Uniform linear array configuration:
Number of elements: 32
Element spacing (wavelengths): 0.5
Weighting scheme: hann
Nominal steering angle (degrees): -60
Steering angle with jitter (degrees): -61.083
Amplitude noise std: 0.05
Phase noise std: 0.05

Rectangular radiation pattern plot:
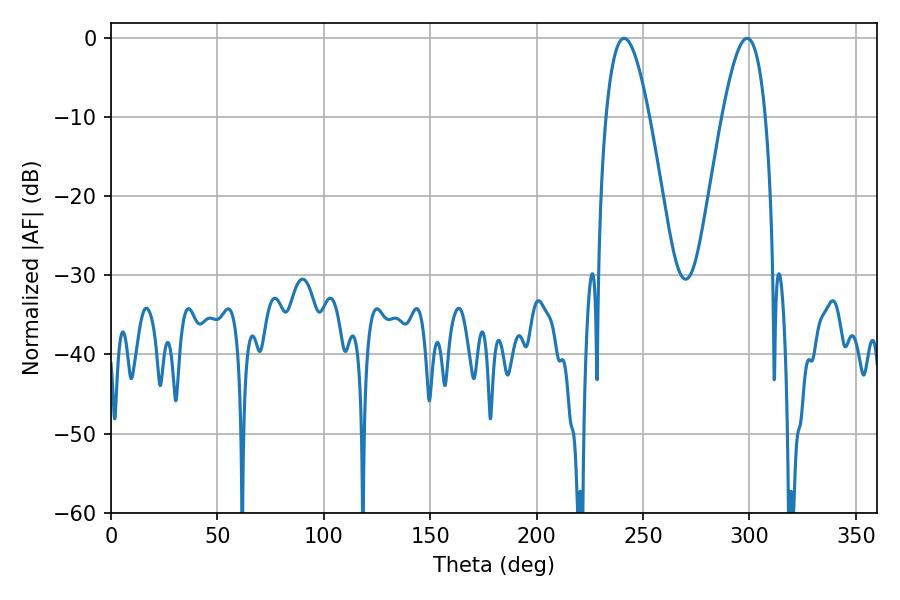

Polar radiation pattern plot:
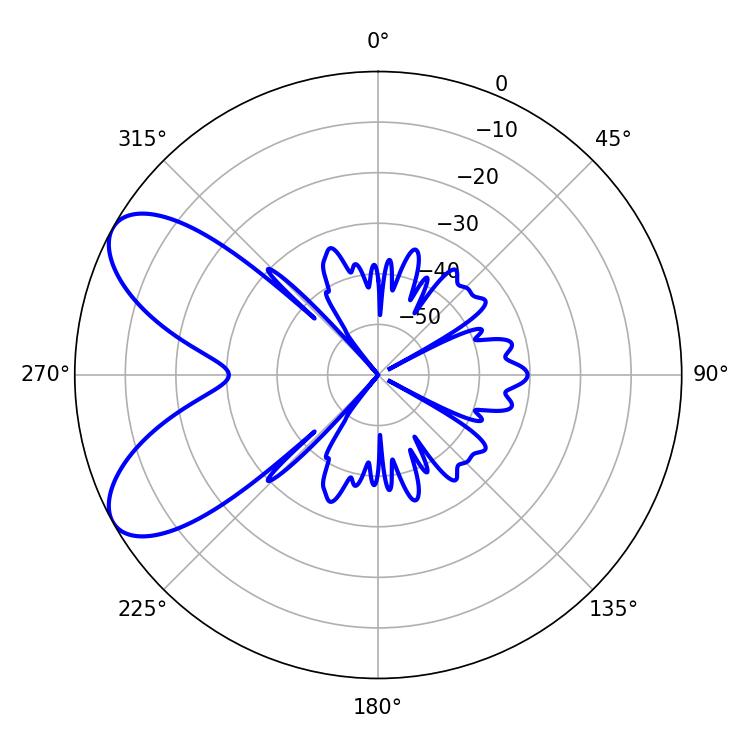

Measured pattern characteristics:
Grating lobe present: FALSE
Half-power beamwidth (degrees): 11.16
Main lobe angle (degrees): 241.02